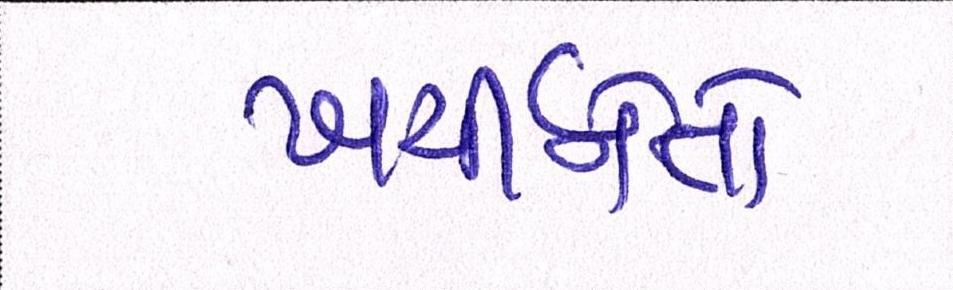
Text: ખર્ચીનેતો